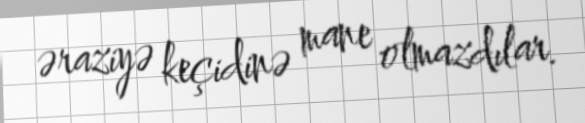
əraziyə keçidinə mane olmazdılar.